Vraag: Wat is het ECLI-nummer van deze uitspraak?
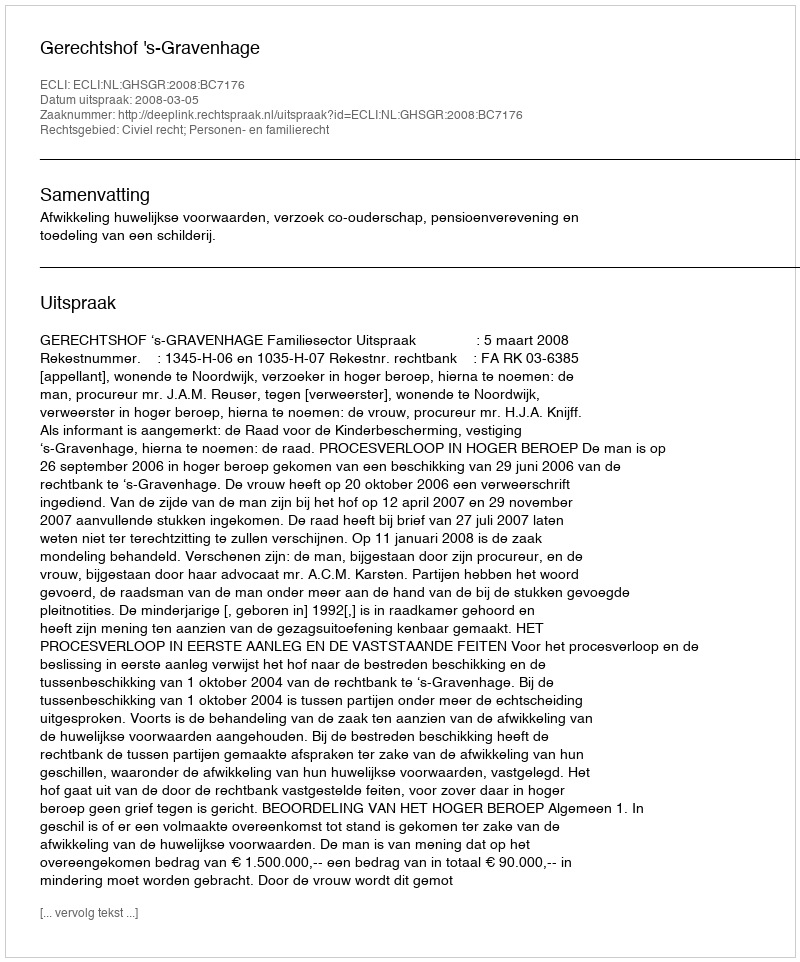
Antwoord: ECLI:NL:GHSGR:2008:BC7176